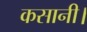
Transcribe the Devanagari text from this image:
कसानी।